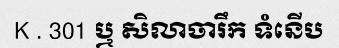
K . 301 ឬ សិលាចារឹក ទំនើប